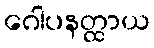
ဂေါပနတ္ထာယ